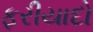
ફરીયાદો